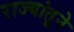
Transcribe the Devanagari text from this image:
राज्यांतूने